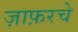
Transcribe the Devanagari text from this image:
ज़ाफ़रचे